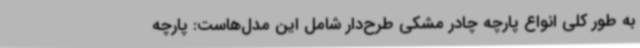
به‌ طور کلی انواع پارچه چادر‌ مشکی طرح‌دار شامل این مدل‌هاست: پارچه